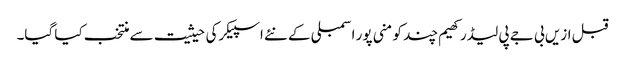
قبل ازیں بی جے پی لیڈر کھیم چند کو منی پور اسمبلی کے نئے اسپیکرکی حیثیت سے منتخب کیا گیا۔